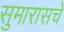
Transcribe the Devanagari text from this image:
सुमारासचे